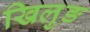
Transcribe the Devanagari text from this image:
खिलुङ